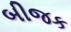
બીજક